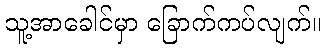
သူ့အာခေါင်မှာ ခြောက်ကပ်လျက်။